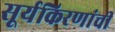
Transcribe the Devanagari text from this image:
सूर्यकिरणांची